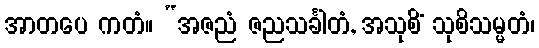
အာတပေ ကတံ။ “အဇညံ ဇညသင်္ခါတံ, အသုစိံ သုစိသမ္မတံ၊